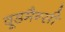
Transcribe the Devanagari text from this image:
वूडमैन्सी